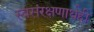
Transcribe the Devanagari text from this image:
स्वसंरक्षणार्थही